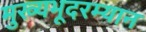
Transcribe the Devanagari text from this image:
मुख्यभूदरम्यान